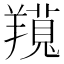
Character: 𦏊